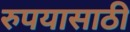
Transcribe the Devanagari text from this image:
रुपयासाठी